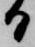
日